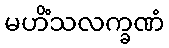
မဟိံသလက္ခဏံ